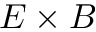
E \times B